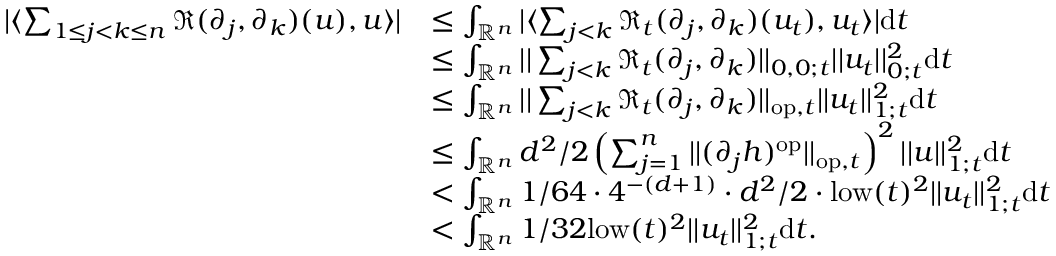
\begin{array} { r l } { | \langle \sum _ { 1 \leq j < k \leq n } \mathfrak { R } ( \partial _ { j } , \partial _ { k } ) ( u ) , u \rangle | } & { \leq \int _ { \mathord { \mathbb { R } } ^ { n } } | \langle \sum _ { j < k } \mathfrak { R } _ { t } ( \partial _ { j } , \partial _ { k } ) ( u _ { t } ) , u _ { t } \rangle | \mathrm { d } t } \\ & { \leq \int _ { \mathord { \mathbb { R } } ^ { n } } | | \sum _ { j < k } \mathfrak { R } _ { t } ( \partial _ { j } , \partial _ { k } ) | | _ { 0 , 0 ; t } | | u _ { t } | | _ { 0 ; t } ^ { 2 } \mathrm { d } t } \\ & { \leq \int _ { \mathord { \mathbb { R } } ^ { n } } | | \sum _ { j < k } \mathfrak { R } _ { t } ( \partial _ { j } , \partial _ { k } ) | | _ { \mathrm { o p } , t } | | u _ { t } | | _ { 1 ; t } ^ { 2 } \mathrm { d } t } \\ & { \leq \int _ { \mathord { \mathbb { R } } ^ { n } } d ^ { 2 } / 2 \left( \sum _ { j = 1 } ^ { n } | | ( \partial _ { j } h ) ^ { \mathrm { o p } } | | _ { \mathrm { o p } , t } \right) ^ { 2 } | | u | | _ { 1 ; t } ^ { 2 } \mathrm { d } t } \\ & { < \int _ { \mathord { \mathbb { R } } ^ { n } } 1 / 6 4 \cdot 4 ^ { - ( d + 1 ) } \cdot d ^ { 2 } / 2 \cdot \mathrm { l o w } ( t ) ^ { 2 } | | u _ { t } | | _ { 1 ; t } ^ { 2 } \mathrm { d } t } \\ & { < \int _ { \mathord { \mathbb { R } } ^ { n } } 1 / 3 2 \mathrm { l o w } ( t ) ^ { 2 } | | u _ { t } | | _ { 1 ; t } ^ { 2 } \mathrm { d } t . } \end{array}